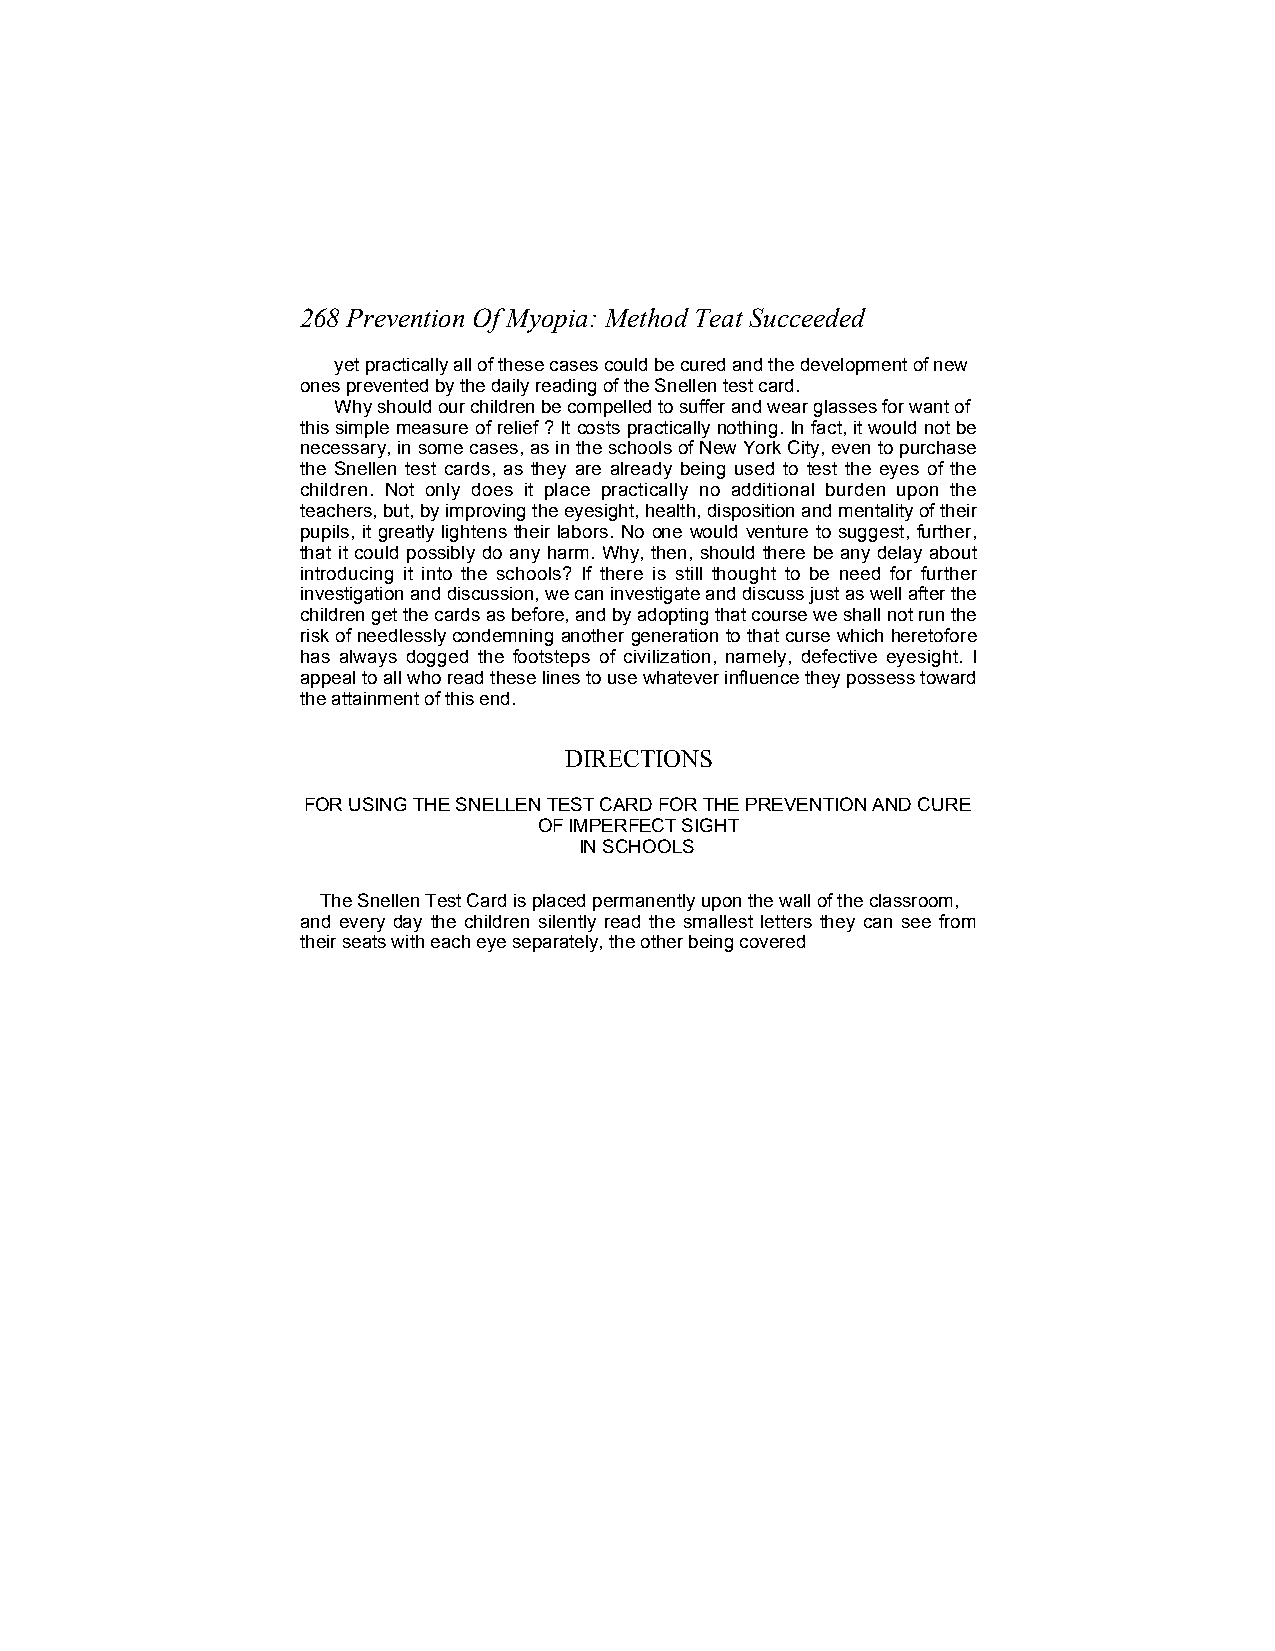
268 Prevention Of Myopia: Method Teat Succeeded
 yet practically all of these cases could be cured and the development of new
 ones prevented by the daily reading of the Snellen test card.
 Why should our children be compelled to suffer and wear glasses for want of
 this simple measure of relief ? It costs practically nothing. In fact, it would not be
 necessary, in some cases, as in the schools of New York City, even to purchase
 the Snellen test cards, as they are already being used to test the eyes of the
 children. Not only does it place practically no additional burden upon the
 teachers, but, by improving the eyesight, health, disposition and mentality of their
 pupils, it greatly lightens their labors. No one would venture to suggest, further,
 that it could possibly do any harm. Why, then, should there be any delay about
 introducing it into the schools? If there is still thought to be need for further
 investigation and discussion, we can investigate and discuss just as well after the
 children get the cards as before, and by adopting that course we shall not run the
 risk of needlessly condemning another generation to that curse which heretofore
 has always dogged the footsteps of civilization, namely, defective eyesight. I
 appeal to all who read these lines to use whatever influence they possess toward
 the attainment of this end.
 DIRECTIONS
 FOR USING THE SNELLEN TEST CARD FOR THE PREVENTION AND CURE
 OF IMPERFECT SIGHT
 IN SCHOOLS
 The Snellen Test Card is placed permanently upon the wall of the classroom,
 and every day the children silently read the smallest letters they can see from
 their seats with each eye separately, the other being covered